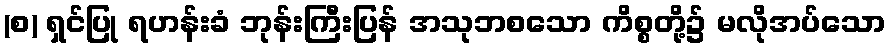
(စ) ရှင်ပြု ရဟန်းခံ ဘုန်းကြီးပြန် အသုဘစသော ကိစ္စတို့၌ မလိုအပ်သော